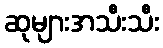
ဆုများအသီးသီး